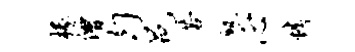
椽僧匀邑苦塾心情